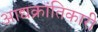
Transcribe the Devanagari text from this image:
आद्यक्रांतिकारी